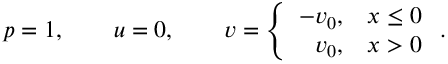
p = 1 , \qquad u = 0 , \qquad v = \left\{ \begin{array} { l l } { - v _ { 0 } , } & { x \leq 0 } \\ { \phantom { - } v _ { 0 } , } & { x > 0 } \end{array} \right. .